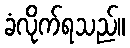
ခံလိုက်ရသည်။